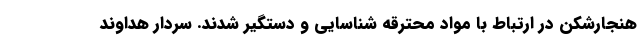
هنجارشکن در ارتباط با مواد محترقه شناسایی و دستگیر شدند. سردار هداوند